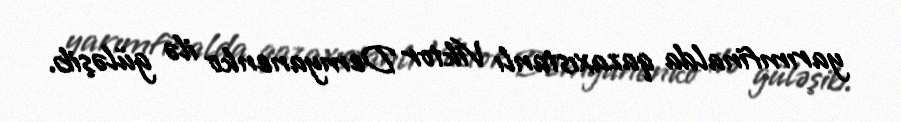
yarımfinalda qazaxıstanlı Viktor Demyanenko ilə güləşib.